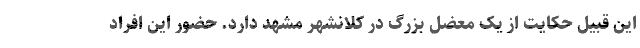
این قبیل حکایت از یک معضل بزرگ در کلانشهر مشهد دارد. حضور این افراد